Report on vaccination in the Province of Bengal - 1874-1889
Year: 1874
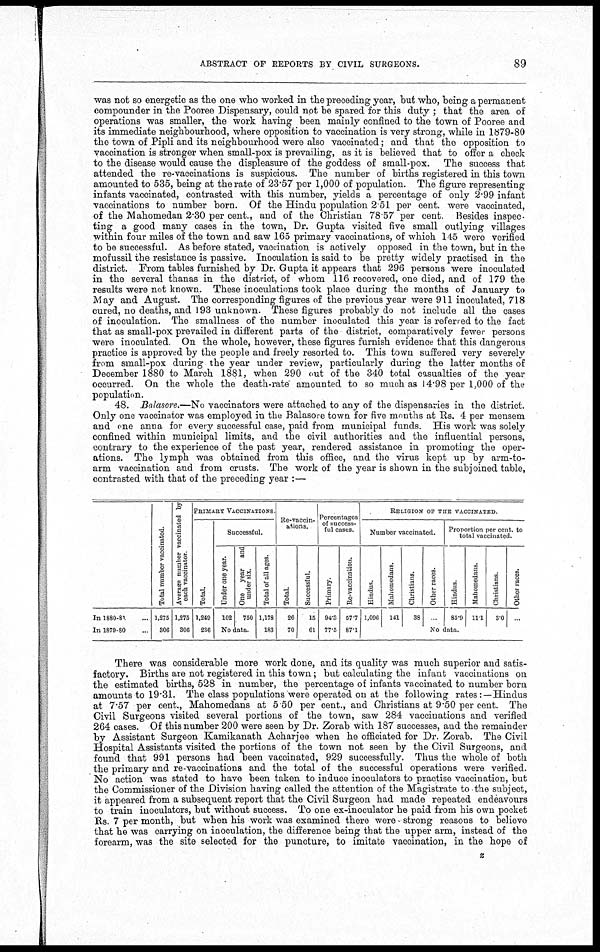
ABSTRACT OF REPORTS BY CIVIL SURGEONS.
89
was not so energetic as the one who worked in the preceding year, but who, being a permanent
compounder in the Pooree Dispensary, could not be spared for this duty ; that the area of
operations was smaller, the work having been mainly confined to the town of Pooree and
its immediate neighbourhood, where opposition to vaccination is very strong, while in 1879-80
the town of Pipli and its neighbourhood were also vaccinated; and that the opposition to
vaccination is stronger when small-pox is prevailing, as it is believed that to offer a check
to the disease would cause the displeasure of the goddess of small-pox. The success that
attended the re-vaccinations is suspicious. The number of births registered in this town
amounted to 535, being at the rate of 23.57 per 1,000 of population. The figure representing
infants vaccinated, contrasted with this number, yields a percentage of only 2.99 infant
vaccinations to number born. Of the Hindu population 2.51 per cent. were vaccinated,
of the Mahomedan 2.30 per cent., and of the Christian 78.57 per cent. Besides inspec-
ting a good many cases in the town, Dr. Gupta visited five small outlying villages
within four miles of the town and saw 165 primary vaccinations, of which 145 were verified
to be successful. As before stated, vaccination is actively opposed in the town, but in the
mofussil the resistance is passive. Inoculation is said to be pretty widely practised in the
district. From tables furnished by Dr. Gupta it appears that 296 persons were inoculated
in the several thanas in the district, of whom 116 recovered, one died, and of 179 the
results were not known. These inoculations took place during the months of January to
May and August. The corresponding figures of the previous year were 911 inoculated, 718
cured, no deaths, and 193 unknown. These figures probably do not include all the cases
of inoculation. The smallness of the number inoculated this year is referred to the fact
that as small-pox prevailed in different parts of the district, comparatively fewer persons
were inoculated. On the whole, however, these figures furnish evidence that this dangerous
practice is approved by the people and freely resorted to. This town suffered very severely
from small-pox during the year under review, particularly during the latter months of
December 1880 to March 1881, when 290 out of the 340 total casualties of the year
occurred. On the whole the death-rate' amounted to so much as 14.98 per 1,000 of the
population.
48. Balasore.—No vaccinators were attached to any of the dispensaries in the district.
Only one vaccinator was employed in the Balasore town for five months at Rs. 4 per mensem
and one anna for every successful case, paid from municipal funds. His work was solely
confined within municipal limits, and the civil authorities and the influential persons,
contrary to the experience of the past year, rendered assistance in promoting the oper-
ations. The lymph was obtained from this office, and the virus kept up by arm-to-
arm vaccination and from crusts. The work of the year is shown in the subjoined table,
contrasted with that of the preceding year :—
In 1880-81...
In 1879-80...
Total number vaccinated.
1,275
306
Average number vaccinated by
each vaccinator.
1,275
306
PRIMARY VACCINATIONS.
Total.
1,249
236
Successful.
Under one year.
102
One year
and
under six.
750
No data.
Total of all ages.
1,178
183
Re-vaccin-
ations.
Total.
26
70
Successful.
15
61
Percentages
of success-
ful cases.
Primary.
94.3
77.5
Re-vaccination.
57.7
87.1
RELIGION OF THE VACCINATED.
Number vaccinated.
Hindus.
1,096
Mahomedans.
141
Christians.
38
Other races.
...
Proportion per cent. to
total vaccinated.
Hindus.
85.9
Mahomedans.
11.1
Christians.
3.0
Other races.
...
No data.
There was considerable more work done, and its quality was much superior and satis-
factory. Births are not registered in this town; but calculating the infant vaccinations on
the estimated births, 528 in number, the percentage of infants vaccinated to number born
amounts to 19.31. The class populations were operated on at the following rates:—Hindus
at 7.57 per cent., Mahomedans at 5 50 per cent., and Christians at 9.50 per cent. The
Civil Surgeons visited several portions of the town, saw 284 vaccinations and verified
264 cases. Of this number 200 were seen by Dr. Zorab with 187 successes, and the remainder
by Assistant Surgeon Kamikanath Acharjee when he officiated for Dr. Zorab. The Civil
Hospital Assistants visited the portions of the town not seen by the Civil Surgeons, and
found that 991 persons had been vaccinated, 929 successfully. Thus the whole of both
the primary and re-vaccinations and the total of the successful operations were verified.
No action was stated to have been taken to induce inoculators to practise vaccination, but
the Commissioner of the Division having called the attention of the Magistrate to the subject,
it appeared from a subsequent report that the Civil Surgeon had made repeated endeavours
to train inoculators, but without success, To one ex-inoculator he paid from his own pocket
Rs. 7 per month, but when his work was examined there were strong reasons to believe
that he was carrying on inoculation, the difference being that the upper arm, instead of the
forearm, was the site selected for the puncture, to imitate vaccination, in the hope of
z